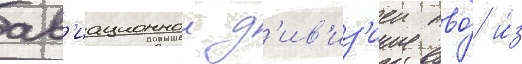
ав'иационнои д'ив'из'иеи пво́ и́з